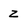
Character: Z